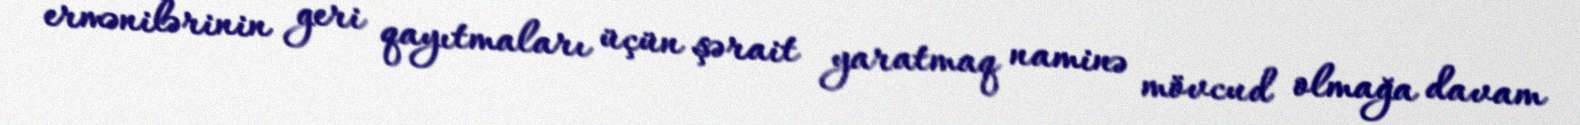
ermənilərinin geri qayıtmaları üçün şərait yaratmaq naminə mövcud olmağa davam